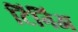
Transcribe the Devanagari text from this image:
टिनिअ